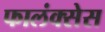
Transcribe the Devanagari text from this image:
फालंक्सेस